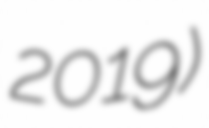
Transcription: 2019)